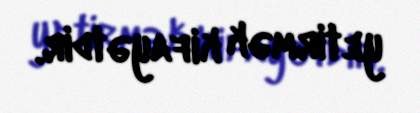
yetirmək kifayətdir.